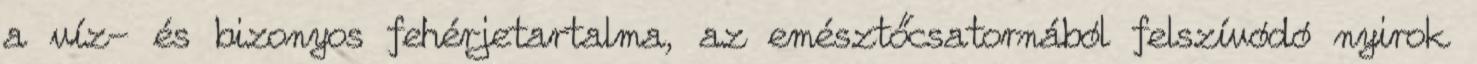
a víz- és bizonyos fehérjetartalma, az emésztőcsatornából felszívódó nyirok